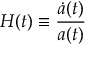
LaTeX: H ( t ) \equiv { \frac { { \dot { a } } ( t ) } { a ( t ) } }